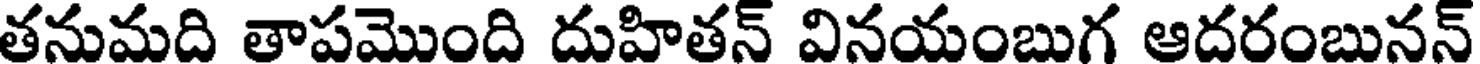
తనుమది తాపమొంది దుహితన్ వినయంబుగ ఆదరంబునన్